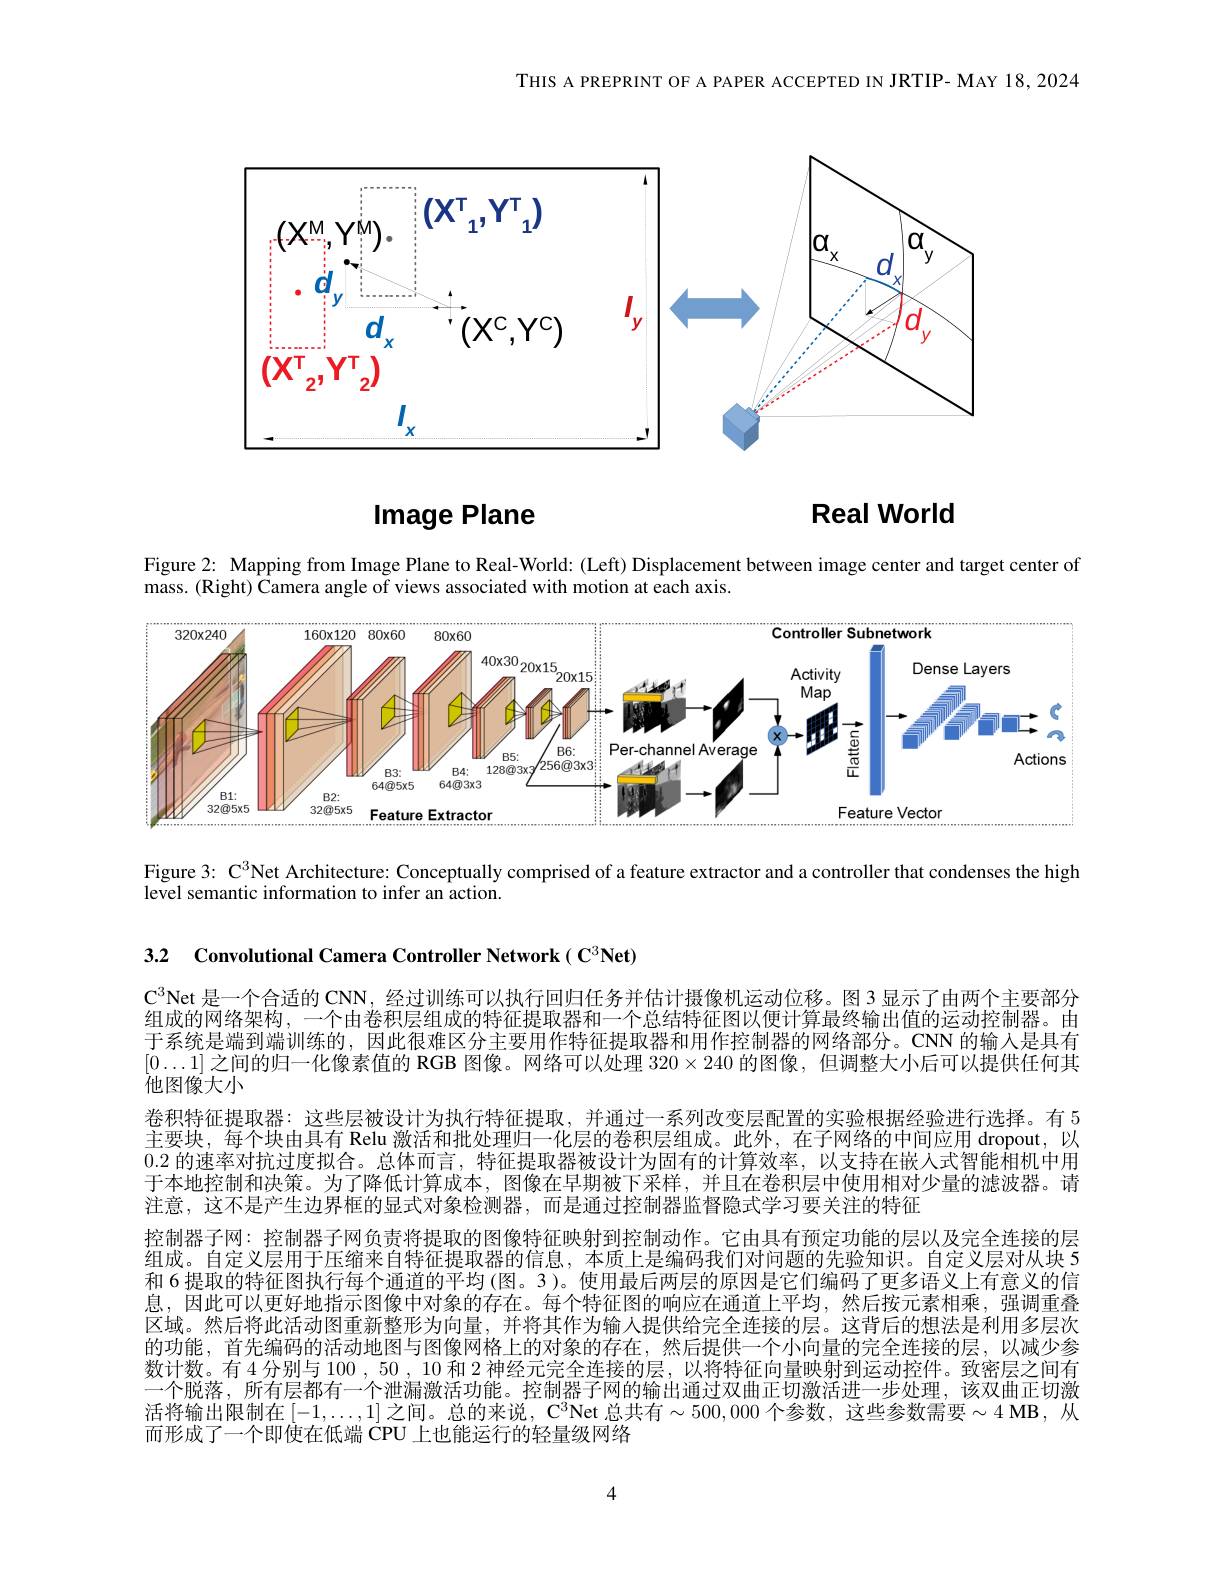
THIS A PREPRINT OF A PAPER ACCEPTED IN JRTIP- MAY 18, 2024

<FigureHere>

# Real World

Image Plane

Figure 2: Mapping from Image Plane to Real-World: (Left) Displacement between image center and target center of

mass. (Right) Camera angle of views associated with motion at each axis.

<FigureHere>

Figure 3: C$^{3}$Net Architecture: Conceptually comprised of a feature extractor and a controller that condenses the high

level semantic information to infer an action.

3.2 Convolutional Camera Controller Network( C$^3\textbf{Net})$

$\mathrm{C}^3$Net 是一个合适的 CNN, 经过训练可以执行回归任务并估计摄像机运动位移。图3显示了由两个主要部分组成的网络架构，一个由卷积层组成的特征提取器和一个总结特征图以便计算最终输出值的运动控制器。由于系统是端到端训练的，因此很难区分主要用作特征提取器和用作控制器的网络部分。CNN 的输入是具有$[0\ldots1]$之间的归一化像素值的 RGB 图像。网络可以处理$320\times240$的图像，但调整大小后可以提供任何其他图像大小
卷积特征提取器：这些层被设计为执行特征提取，并通过一系列改变层配置的实验根据经验进行选择。有 5主要块，每个块由具有 Relu 激活和批处理归一化层的卷积层组成。此外，在子网络的中间应用 dropout,以0.2的速率对抗过度拟合。总体而言，特征提取器被设计为固有的计算效率，以支持在嵌人式智能相机中用于本地控制和决策。为了降低计算成本，图像在早期被下采样，并且在卷积层中使用相对少量的滤波器。请注意，这不是产生边界框的显式对象检测器，而是通过控制器监督隐式学习要关注的特征
控制器子网：控制器子网负责将提取的图像特征映射到控制动作。它由具有预定功能的层以及完全连接的层组成。自定义层用于压缩来自特征提取器的信息，本质上是编码我们对问题的先验知识。自定义层对从块5和 6 提取的特征图执行每个通道的平均(图。3)。使用最后两层的原因是它们编码了更多语义上有意义的信息，因此可以更好地指示图像中对象的存在。每个特征图的响应在通道上平均，然后按元素相乘，强调重叠区域。然后将此活动图重新整形为向量，并将其作为输入提供给完全连接的层。这背后的想法是利用多层次的功能，首先编码的活动地图与图像网格上的对象的存在，然后提供一个小向量的完全连接的层，以减少参数计数。有 4 分别与 100 , 50 , 10 和 2 神经元完全连接的层，以将特征向量映射到运动控件。致密层之间有一个脱落，所有层都有一个泄漏激活功能。控制器子网的输出通过双曲正切激活进一步处理，该双曲正切激活将输出限制在$[-1,\ldots,1]$之间。总的来说，C$^3$Net 总共有$\sim500,000$ 个参数，这些参数需要$\sim4$ MB,从而形成了一个即使在低端$\dot{\text{CPU 上也能运行的轻量级网络}}$

4